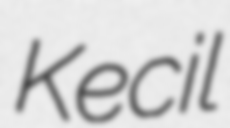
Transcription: Kecil